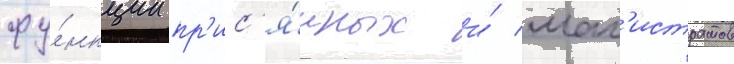
фу́нкции пр'ис'я́жных и́ маг'истратов